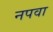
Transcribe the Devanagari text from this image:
नपवा